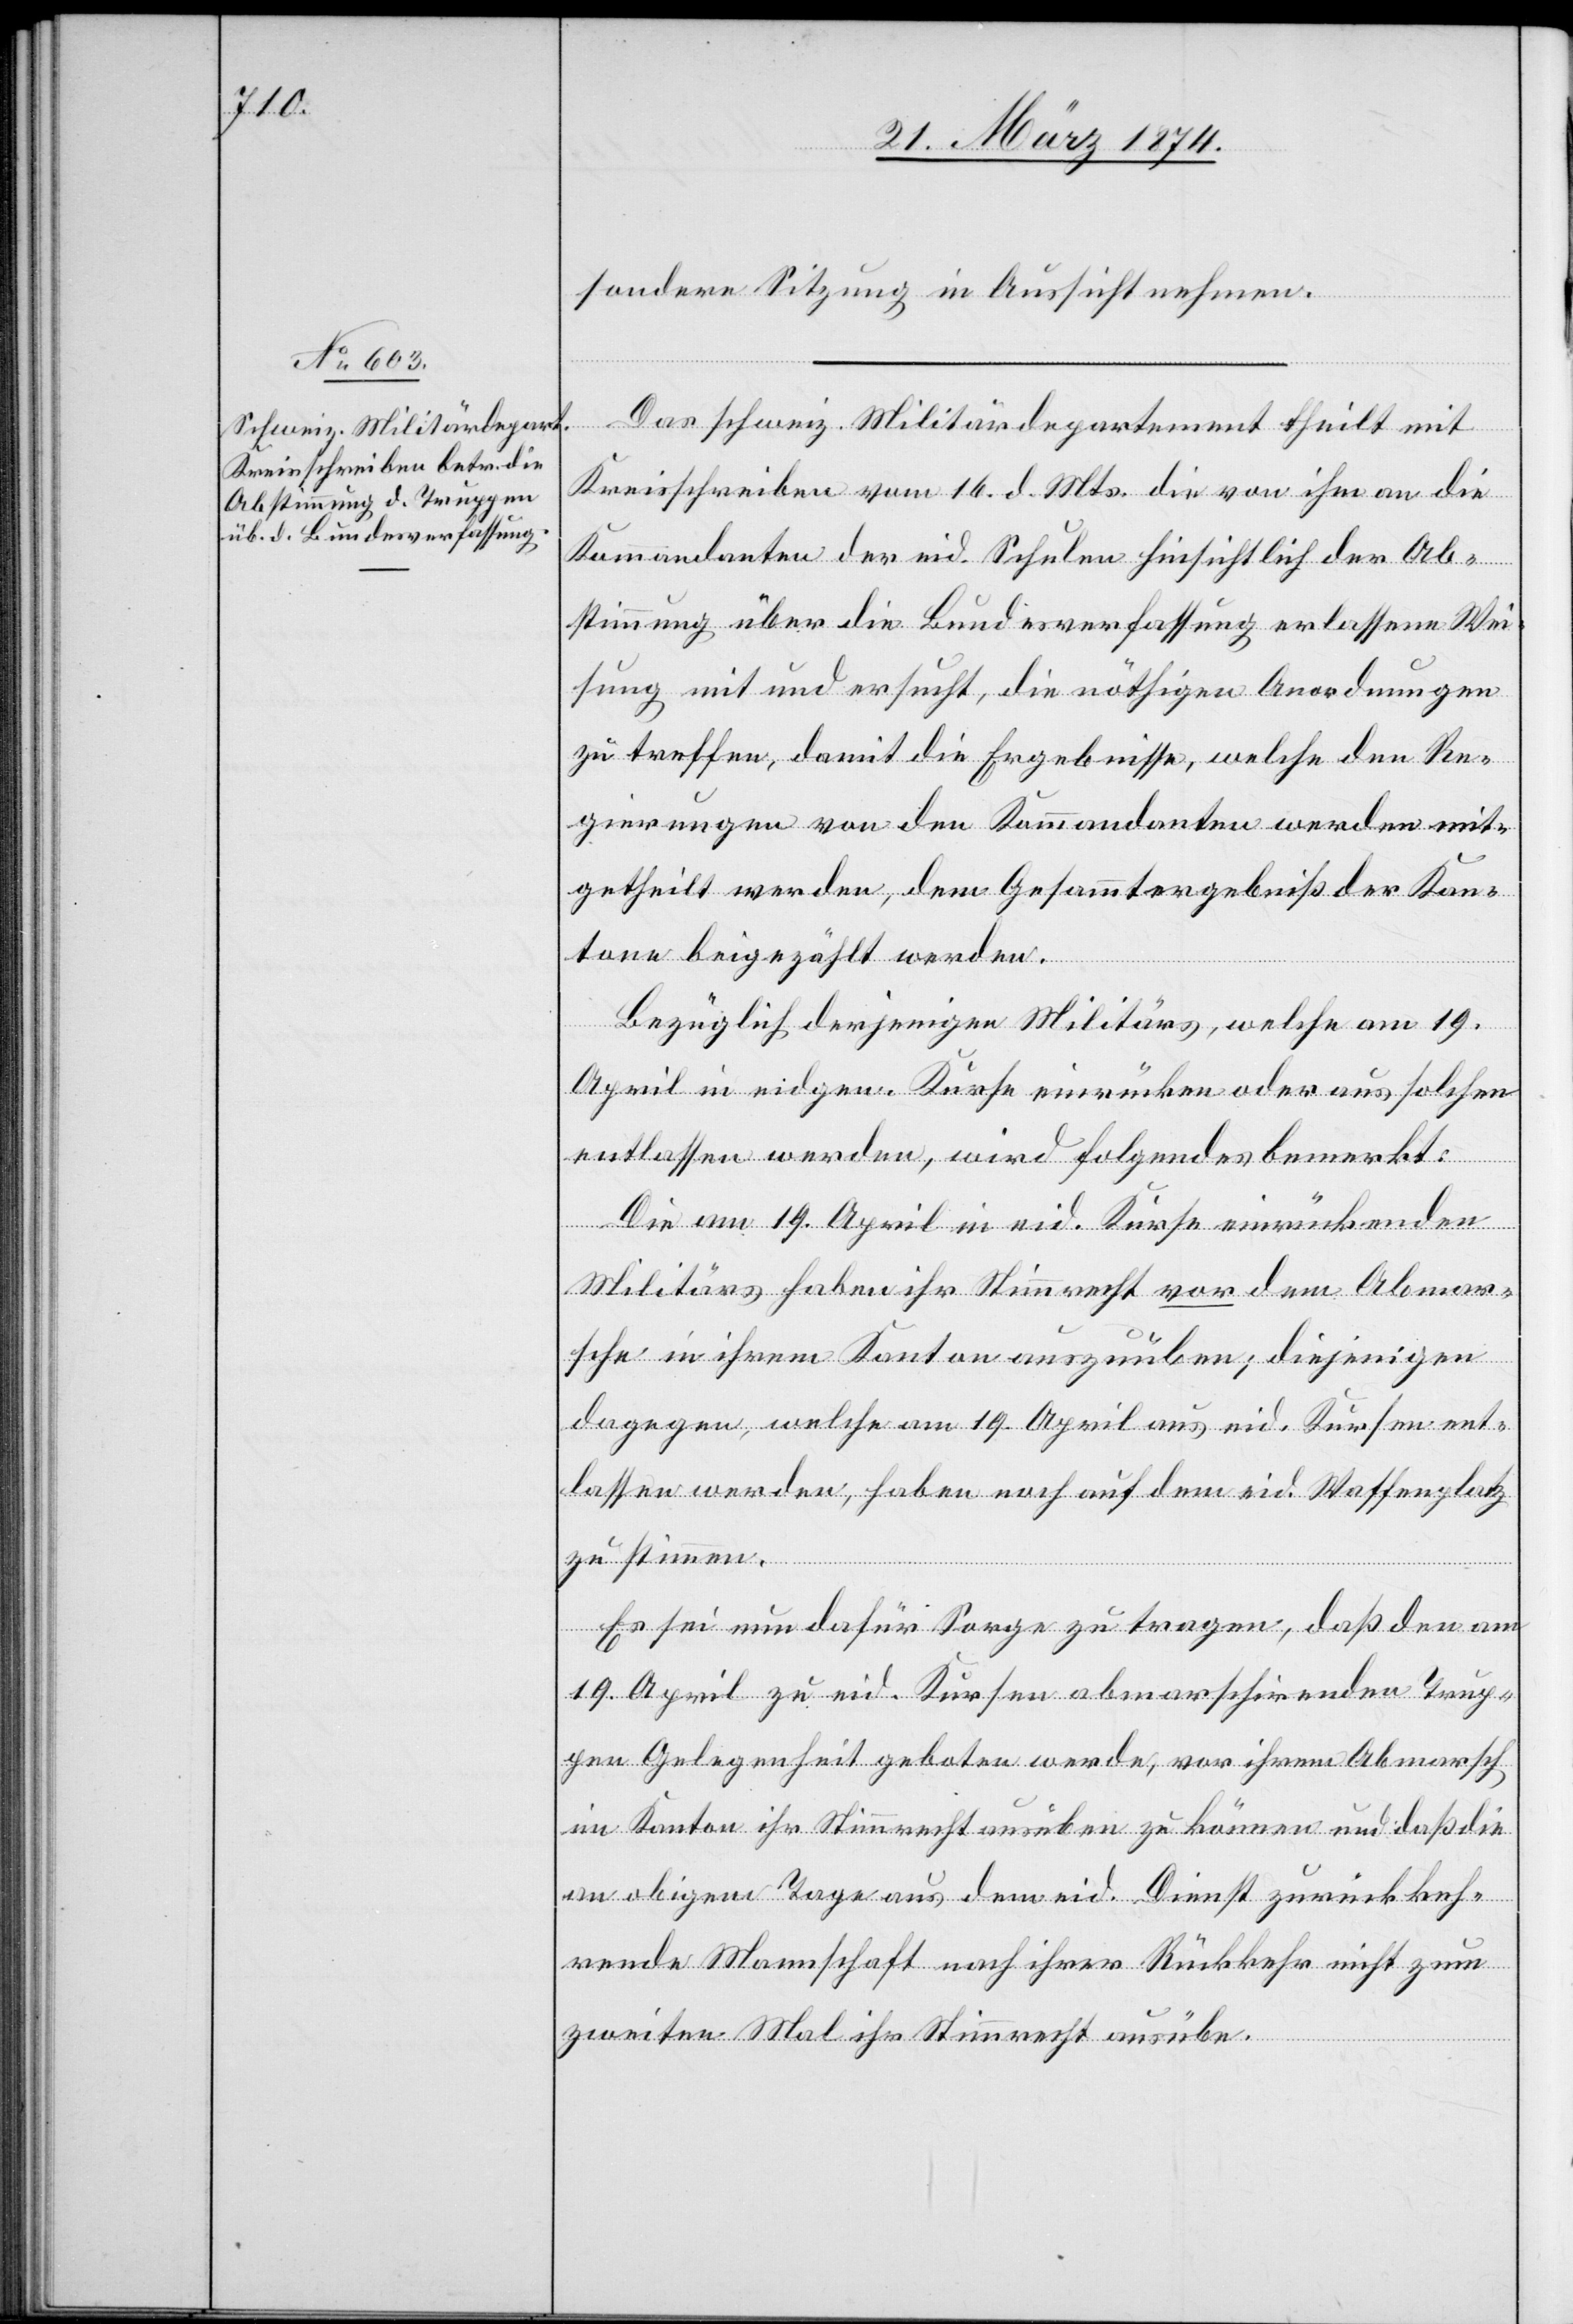
sondere Sitzung in Aussicht nehmen.
Das schweiz. Militärdepartement theilt mit
Kreisschreiben vom 16. d. Mts. die von ihm an die
Kommandanten der eid. Schulen hinsichtlich der Ab¬
stimmung über die Bundesverfassung erlassene Wei¬
sung mit und ersucht, die nöthigen Anordnungen
zu treffen, damit die Ergebnisse, welche den Re¬
gierungen von dem Kommandanten werden mit¬
getheilt werden, dem Gesammtergebniß der Kan¬
tone beigezählt werden.
Bezüglich derjenigen Militärs, welche am 19.
April in eidgen. Kurse einrücken oder aus solchen
entlassen werden, wird Folgendes bemerkt:
Die am 19. April in eid. Kurse einrückenden
Militärs haben ihr Stimmrecht vor dem Abmar¬
sche in ihrem Kanton auszuüben; diejenigen
dagegen, welche am 19. April aus eid. Kursen ent¬
lassen werden, haben noch auf dem eid. Waffenplatz
zu stimmen.
Es sei nun dafür Sorge zu tragen, daß den am
19. April zu eid. Kursen abmarschirenden Trup¬
pen Gelegenheit geboten werde, vor ihrem Abmarsch
im Kanton ihr Stimmrecht ausüben zu können und daß die
an obigem Tage aus dem eid. Dienst zurückkeh¬
rende Mannschaft nach ihrer Rückkehr nicht zum
zweiten Mal ihr Stimmrecht ausübe.